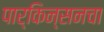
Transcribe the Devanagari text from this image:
पार्किन्सनचा